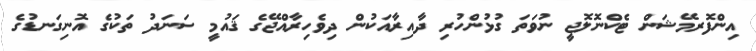
އިންފޮރމޭޝަން ޓެކްނޮލޮޖީ ނުވަތަ ގުޅުންހުރި ދާއިރާއަކުން ދިވެހިރާއްޖޭގެ ޤައުމީ ސަނަދު ތަކުގެ އޮނިގަނޑުގެ